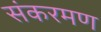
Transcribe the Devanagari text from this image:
संकरमण